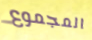
المجموع